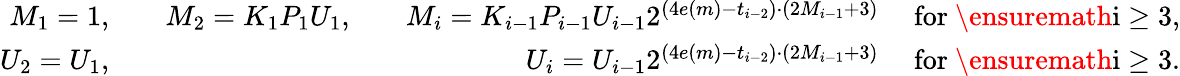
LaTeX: \begin{array}{rlrlrl}{M_{1}=1,}&{}&{M_{2}=K_{1}P_{1}U_{1},}&{}&{M_{i}=K_{i-1}P_{i-1}U_{i-1}2^{(4e(m)-t_{i-2})\cdot(2M_{i-1}+3)}}&{\mathrm{~for~\ensuremath{i\geq 3},}}\\ {U_{2}=U_{1},}&{}&&{}&{U_{i}=U_{i-1}2^{(4e(m)-t_{i-2})\cdot(2M_{i-1}+3)}}&{\mathrm{~for~\ensuremath{i\geq 3}}.}\end{array}